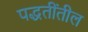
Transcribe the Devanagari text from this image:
पद्धतींतील